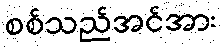
စစ်သည်အင်အား